Annual administration report of the Civil Veterinary Department of India - 1895-1896
Year: 1895
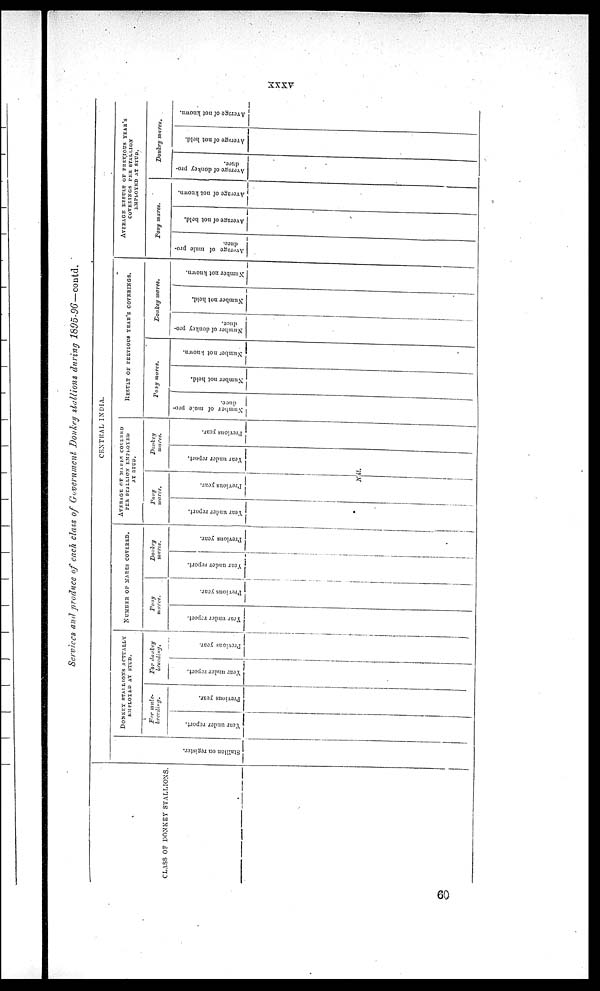
xxxv
Services and produce of each class of Government, Donkey stallions during 1895-96—contd.
CLASS OF DONKEY STALLIONS.
CENTRAL INDIA.
Stallion on register.
DONKEY STALLIONS ACTUALLY
EMPLOYED AT STUD.
For mule-
breeding.
Year under report.
Previous year.
For donkey
breeding
Year under report.
Previous year.
NUMBER OF MARES COVERED
mares.
Year under report.
Previous year.
Donkey
mares.
Year under report.
Previous year.
AVERAGE OF MARES COVERED
PER STALLION EMPLOYED
Pony
marcs.
Year under report.
Previous year.
Net.
Donkey
marts.
Year under report.
Previous year.
RESULT OF PREVIOUS YEAR'S COVERINGS
Pony mares.
Number of mule pro
duce.
Number not held.
Number not known.
Donkey mares.
Number of donkey pro-
duce.
Number not held.
Number not known.
AVERAGE RESULT OF PREVIOUS YEAR'S
Pony mares.
Average of mule pro-
duce.
Average of not held.
Average of not known.
Donkey
mares.
Average of donkey pro-
dace.
Average of not held.
Average of not known.
60